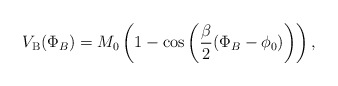
\begin{align*}V_{\rm B}(\Phi _{B})=M_{0}\left( 1-\cos \left( \frac{\beta }{2}(\Phi _{B}-\phi _{0})\right) \right) ,\end{align*}